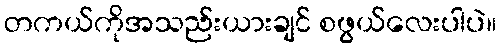
တကယ်ကိုအသည်းယားချင် စဖွယ်လေးပါပဲ။